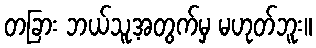
တခြား ဘယ်သူ့အတွက်မှ မဟုတ်ဘူး။